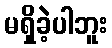
မရှိခဲ့ပါဘူး